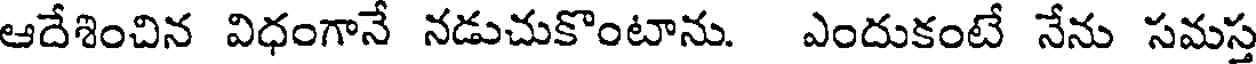
ఆదేశించిన విధంగానే నడుచుకొంటాను. ఎందుకంటే నేను సమస్త